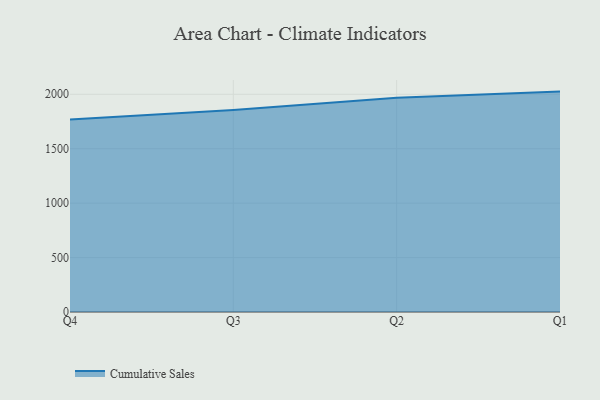
{"axis": {"x": "Quarter", "y": "Bounce Rate (%)"}, "legend": ["Cumulative Sales"], "data": [{"x": "Q4", "y": 1768.8, "type": "Cumulative Sales"}, {"x": "Q3", "y": 1855.7, "type": "Cumulative Sales"}, {"x": "Q2", "y": 1968.5, "type": "Cumulative Sales"}, {"x": "Q1", "y": 2024.5, "type": "Cumulative Sales"}]}